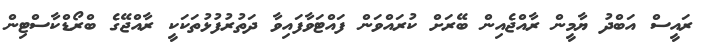
ރައީސް އަބްދު ޔާމީން ރާއްޖެއިން ބޭރަށް ކުރައްވަން ފައްޓަވާފައިވާ ދަތުރުފުޅުތަކަކީ ރާއްޖޭގެ ބްރޯޑްކާސްޓިން